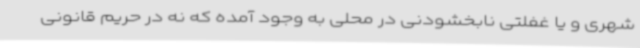
شهری و یا غفلتی نابخشودنی در محلی به وجود آمده که نه در حریم قانونی